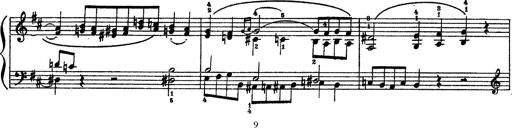
Title: Sarabande und Chaconne aus dem Singspiel
Composer: Franz Liszt